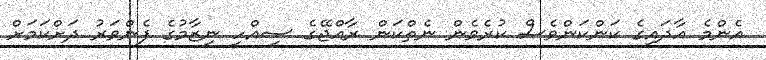
އެންމެ އާދައިގެ ކަންކަންވެސް ކުރެވެން ނެތްކަން ރާއްޖޭގެ ސިއްހީ ނިޒާމުގެ ފެންވަރު ދަށްކަމަށް